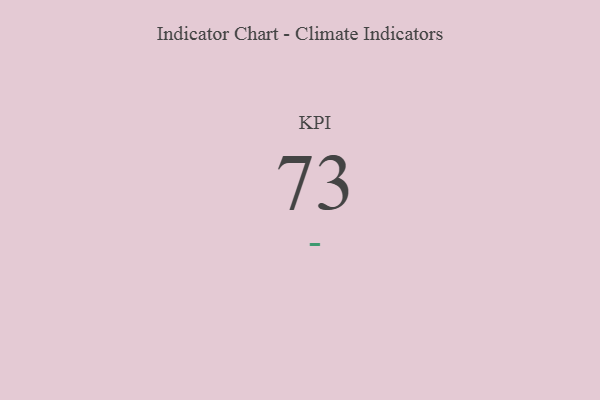
{"axis": {"x": "KPI", "y": "Value"}, "legend": [""], "data": [{"x": "KPI", "y": 73, "type": ""}]}